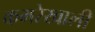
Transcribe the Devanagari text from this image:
कमरेखाली